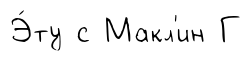
Э́ту с Макл'ин Г